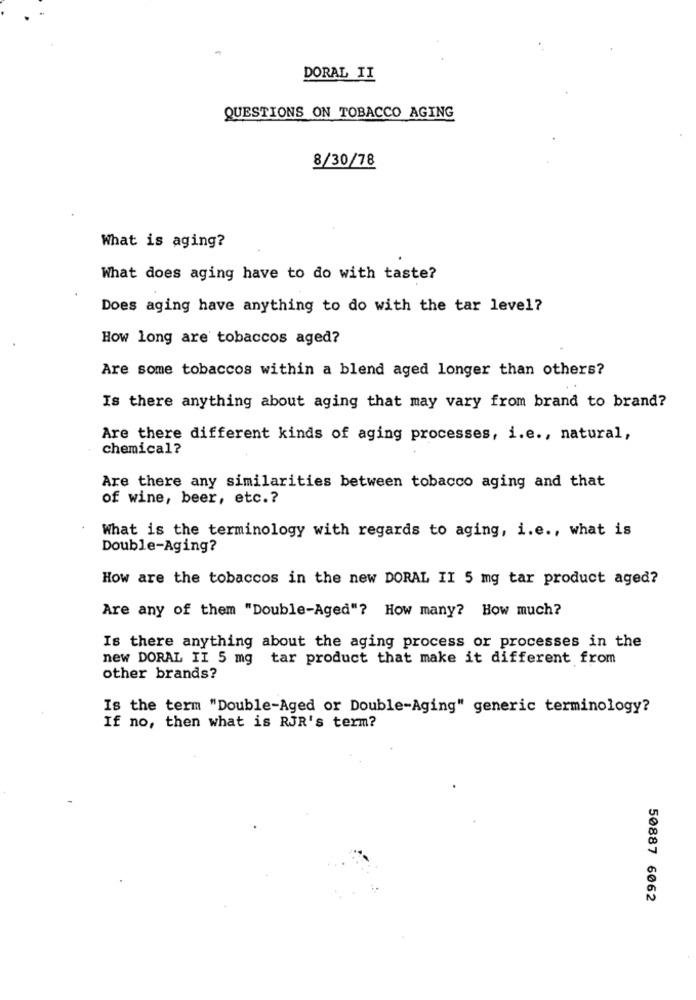
DORAL II
QUESTIONS ON TOBACCO AGING
8/30/78
What is aging?
What does aging have to do with taste?
Does aging have anything to do with the tar level?
How long are' tobaccos aged?
Are some tobaccos within a blend aged longer than others?
Is there anything about aging that may vary from brand to brand?
Are there different kinds of aging processes, i.e ., natural,
chemical?
Are there any similarities between tobacco aging and that
of wine, beer, etc .?
What is the terminology with regards to aging, i.e ., what is
Double-Aging?
How are the tobaccos in the new DORAL II 5 mg tar product aged?
Are any of them "Double-Aged"? How many? How much?
Is there anything about the aging process or processes in the
new DORAL II 5 mg tar product that make it different from
other brands?
Is the term "Double-Aged or Double-Aging" generic terminology?
If no, then what is RJR's term?
50887 6062